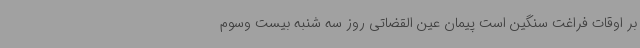
بر اوقات فراغت سنگین است پیمان عین القضاتی روز سه شنبه بیست وسوم